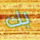
بك